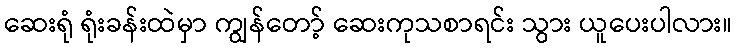
ဆေးရုံ ရုံးခန်းထဲမှာ ကျွန်တော့် ဆေးကုသစာရင်း သွား ယူပေးပါလား။